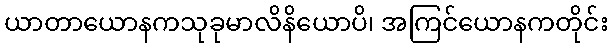
ယာတာယောနကသုခုမာလိနိယောပိ၊ အကြင်ယောနကတိုင်း